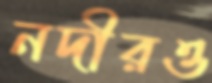
নদীরও